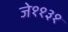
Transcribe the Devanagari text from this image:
जे११३१